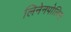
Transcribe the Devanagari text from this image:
लिनेनपोलिस